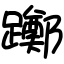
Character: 躑